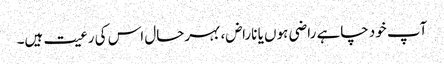
آپ خود چاہے راضی ہوں یا ناراض، بہرحال اس کی رعیت ہیں۔